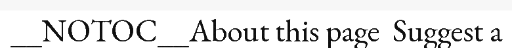
__NOTOC__About this page  Suggest a